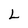
Character: L